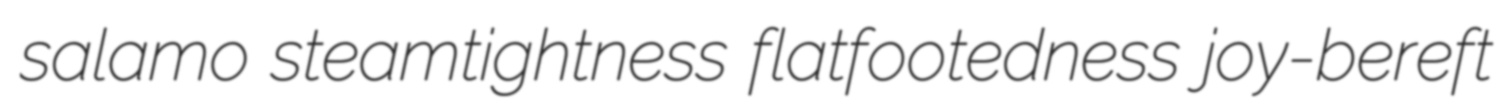
salamo steamtightness flatfootedness joy-bereft